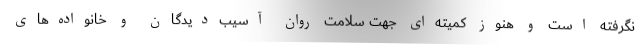
نگرفته است و هنوز کمیته‌ای جهت سلامت روان آسیب‌دیدگان و خانواده‌های